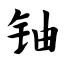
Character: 铀